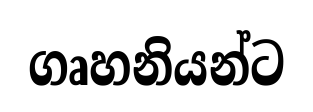
ගෘහනියන්ට